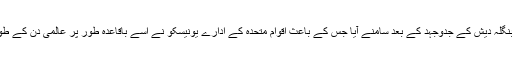
21 فروری کا عالمی دن بنگلہ دیش کے جدوجہد کے بعد سامنے آیا جس کے باعث اقوام متحدہ کے ادارے یونیسکو نے اسے باقاعدہ طور پر عالمی دن کے طور پر منانے کا اعلان کیا۔